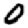
Digit: 0